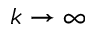
k \rightarrow \infty